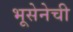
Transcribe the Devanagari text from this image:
भूसेनेची